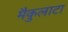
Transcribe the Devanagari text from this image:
मैकुलाटा